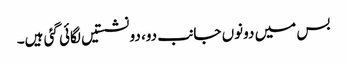
بس میں دونوں جانب دو، دو نشستیں لگائی گئی ہیں۔